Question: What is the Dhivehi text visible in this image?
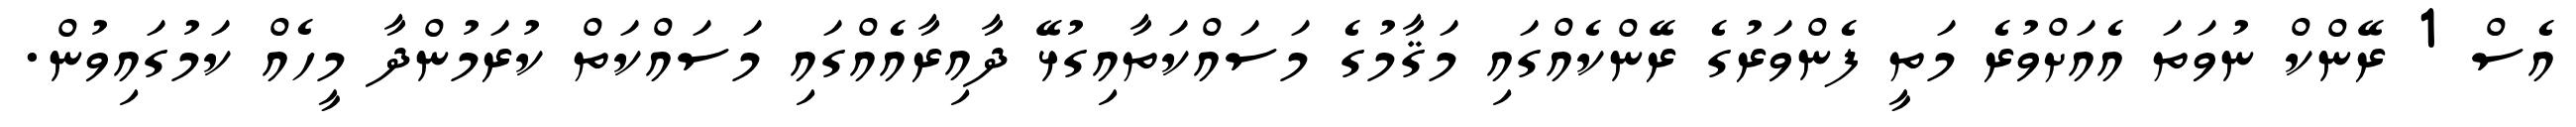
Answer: އެސް 1 ރޭންކް ނުވަތަ އެއަށްވުރެ މަތީ ފެންވަރުގެ ރޭންކެއްގައި މަޤާމުގެ މަސައްކަތާއިގުޅޭ ދާއިރާއެއްގައި މަސައްކަތް ކުރަމުންދާ މީހެއް ކަމުގައިވުން.